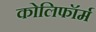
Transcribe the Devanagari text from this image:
कोलिफॉर्म